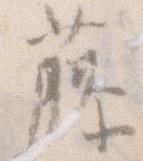
藤